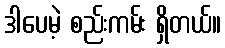
ဒါပေမဲ့ စည်းကမ်း ရှိတယ်။